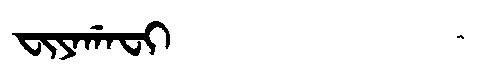
Manchu: ᠸᡳᠶᠠᡤᠠᠸᡳ
Romanization: FIYAGAFI